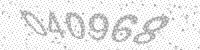
Solution: 040968